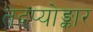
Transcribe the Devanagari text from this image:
तदप्योङ्कार